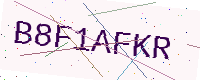
Text: B8F1AFKR